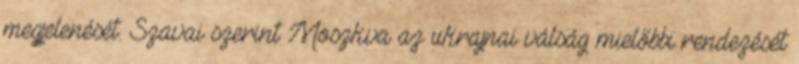
megjelenését. Szavai szerint Moszkva az ukrajnai válság mielőbbi rendezését